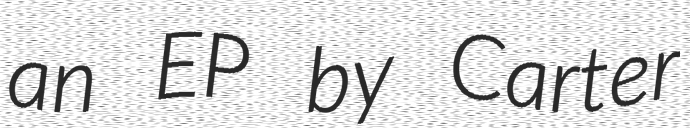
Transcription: an EP by Carter